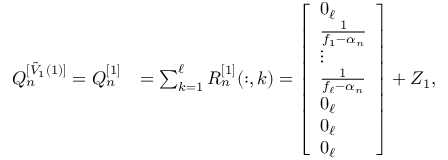
\begin{array} { r l } { Q _ { n } ^ { [ \Tilde { V } _ { 1 } ( 1 ) ] } = Q _ { n } ^ { [ 1 ] } } & { = \sum _ { k = 1 } ^ { \ell } R _ { n } ^ { [ 1 ] } ( : , k ) = \left[ \begin{array} { l } { 0 _ { \ell } } \\ { \frac { 1 } { f _ { 1 } - \alpha _ { n } } } \\ { \vdots } \\ { \frac { 1 } { f _ { \ell } - \alpha _ { n } } } \\ { 0 _ { \ell } } \\ { 0 _ { \ell } } \\ { 0 _ { \ell } } \end{array} \right] + Z _ { 1 } , } \end{array}